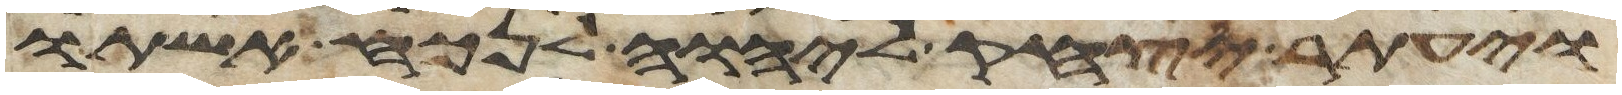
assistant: ויעתר יצחק אל יהוה לנכח אשתו